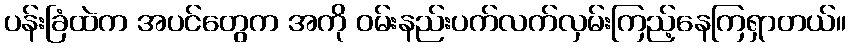
ပန်းခြံထဲက အပင်တွေက အကို ဝမ်းနည်းပက်လက်လှမ်းကြည့်နေကြရှာတယ်။